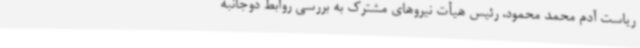
ریاست آدم محمد محمود، رئیس هیأت نیروهای مشترک به بررسی‌ روابط دوجانبه